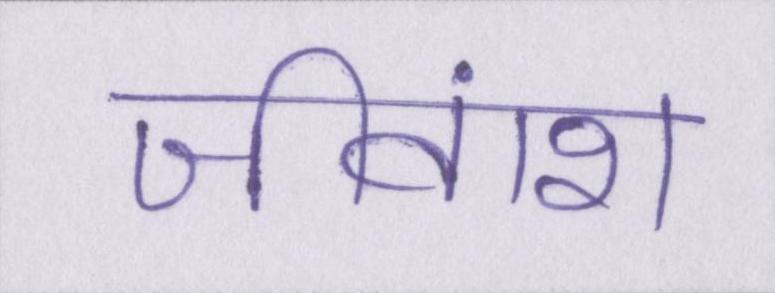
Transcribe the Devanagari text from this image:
जीवांश